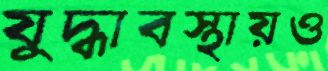
যুদ্ধাবস্থায়ও